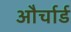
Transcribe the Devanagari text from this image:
और्चार्ड